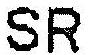
SR